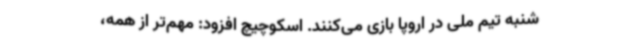
شنبه تیم ملی در اروپا بازی می‌کنند. اسکوچیچ افزود: مهم‌تر از همه،